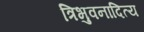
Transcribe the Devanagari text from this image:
त्रिभुवनादित्य